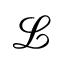
\mathcal { L }